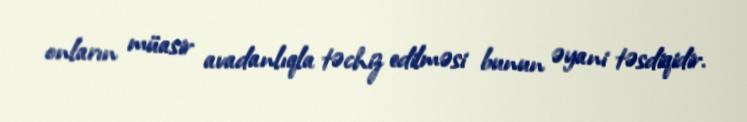
onların müasir avadanlıqla təchiz edilməsi bunun əyani təsdiqidir.